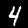
Label: 4